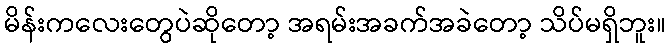
မိန်းကလေးတွေပဲဆိုတော့ အရမ်းအခက်အခဲတော့ သိပ်မရှိဘူး။